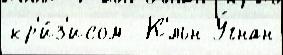
кр'и́з'исом  К'́льн У́гнан